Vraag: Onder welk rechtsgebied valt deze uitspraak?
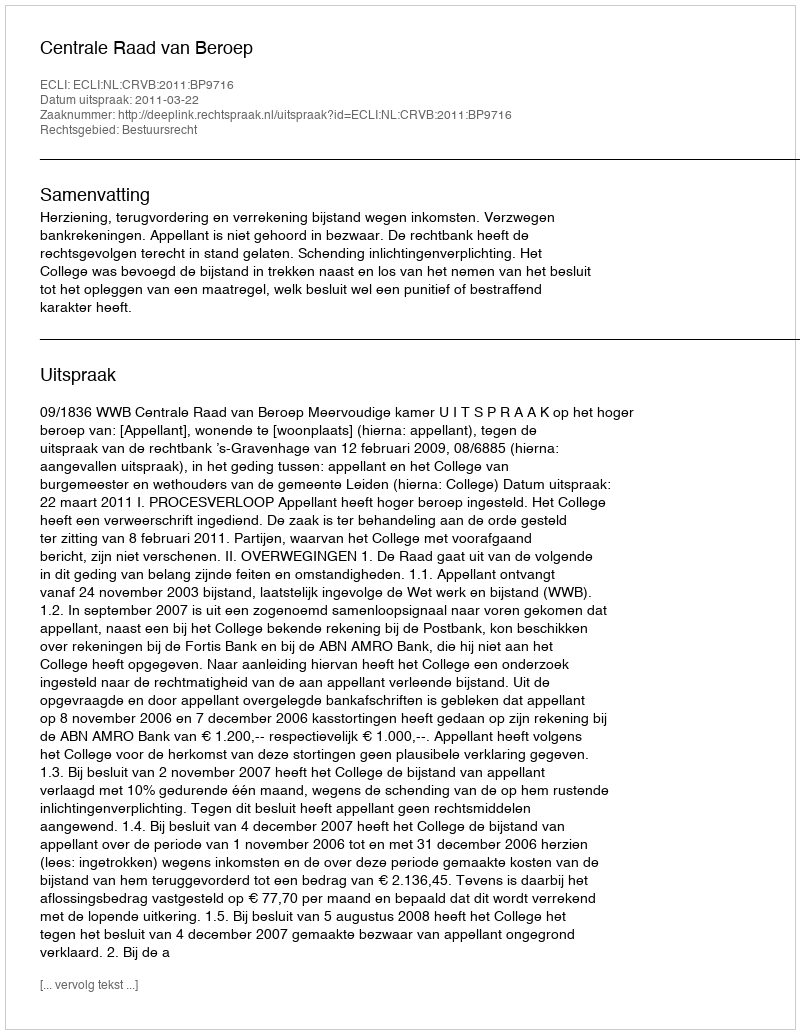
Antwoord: Bestuursrecht